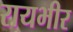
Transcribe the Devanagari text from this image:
रायभीर